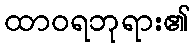
ထာဝရဘုရား၏